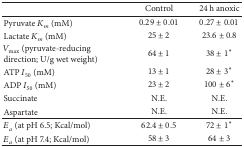
<table><thead><tr><td><b> </b></td><td><b>Control</b></td><td><b>24 h anoxic</b></td></tr></thead><tbody><tr><td>Pyruvate <i>K</i><sub><i>m</i></sub> (mM)</td><td>0.29 ± 0.01</td><td>0.27 ± 0.01</td></tr><tr><td>Lactate <i>K</i><sub><i>m</i></sub> (mM)</td><td>25 ± 2</td><td>23.6 ± 0.8</td></tr><tr><td><i>V</i><sub>max⁡</sub> (pyruvate-reducing direction; U/g wet weight)</td><td>64 ± 1</td><td>38 ± 1*</td></tr><tr><td>ATP <i>I</i><sub>50</sub> (mM)</td><td>13 ± 1</td><td>28 ± 3*</td></tr><tr><td>ADP <i>I</i><sub>50</sub> (mM)</td><td>23 ± 2</td><td>100 ± 6*</td></tr><tr><td>Succinate</td><td>N.E.</td><td>N.E.</td></tr><tr><td>Aspartate</td><td>N.E.</td><td>N.E.</td></tr><tr><td><i>E</i><sub><i>a</i></sub> (at pH 6.5; Kcal/mol)</td><td>62.4 ± 0.5</td><td>72 ± 1*</td></tr><tr><td><i>E</i><sub><i>a</i></sub> (at pH 7.4; Kcal/mol)</td><td>58 ± 3</td><td>64 ± 3</td></tr></tbody></table>